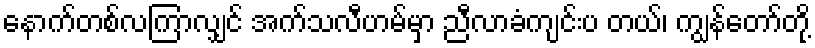
နောက်တစ်လကြာလျှင် အက်သလီဟမ်မှာ ညီလာခံကျင်းပ တယ်၊ ကျွန်တော်တို့